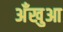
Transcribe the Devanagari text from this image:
अँखुआ